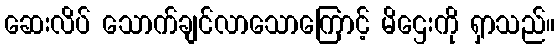
ဆေးလိပ် သောက်ချင်လာသောကြောင့် မိဌေးကို ရှာသည်။